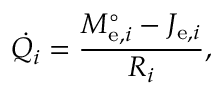
{ \dot { Q _ { i } } } = { \frac { M _ { \mathrm { e } , i } ^ { \circ } - J _ { \mathrm { e } , i } } { R _ { i } } } ,